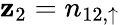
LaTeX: \mathbf{z}_{2}=n_{12,\uparrow}